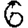
Digit: 6